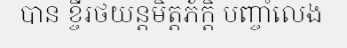
បាន ខ្ចីរថយន្តមិត្តភ័ក្តិ បញ្ចាំលេង